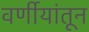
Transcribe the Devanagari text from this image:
वर्णीयांतून